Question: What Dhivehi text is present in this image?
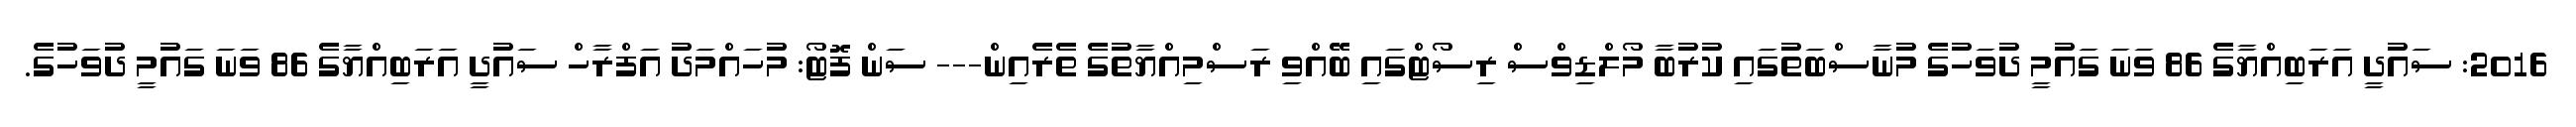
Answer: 2016: ސައުދީ އަރަބިއްޔާގެ 86 ވަނަ ގައުމީ ދުވަހުގެ މުނާސްބަތުގައި ކުރުބާ މޯލްޑިވްސް ރިސޯޓްގައި ބޭއްވި ރަސްމިއްޔާތުގެ ތެރެއިން--- ސަން ފޮޓޯ: މުހައްމަދު އަފްރާހް ސައުދީ އަރަބިއްޔާގެ 86 ވަނަ ގައުމީ ދުވަހުގެ.